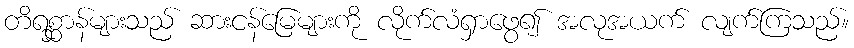
တိရစ္ဆာန်များသည် ဆားငန်မြေများကို လိုက်လံရှာဖွေ၍ အလုအယက် လျက်ကြသည်။